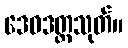
ဒေဝဒတ္တသုတ်။